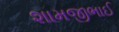
શામજીભાઈ